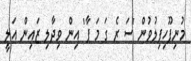
މުނިފޫހިފިލުވުން 'ސަ ރެ ގަ މަ ޕާ' އިން ވިދާލި ޒައިން އަލީ